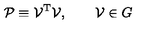
{ \cal { P } } \equiv { \cal { V } } ^ { \mathrm { T } } { \cal { V } } , \qquad { \cal { V } } \in G